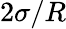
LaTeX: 2\sigma/R